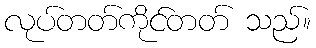
လုပ်တတ်ကိုင်တတ် သည်။